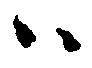
ハ